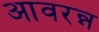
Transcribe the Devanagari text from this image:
आवरन्न